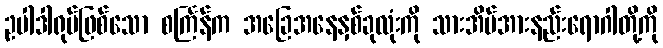
ဥပါဒါရုပ်ဖြစ်သော စင်္ကြန်က အခြေအနေနှစ်ခုလုံးကို သားအိမ်အားနည်းရောဂါတို့ကို